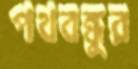
পথবন্ধুর